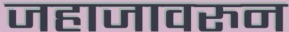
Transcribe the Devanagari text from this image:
जहाजावरुन